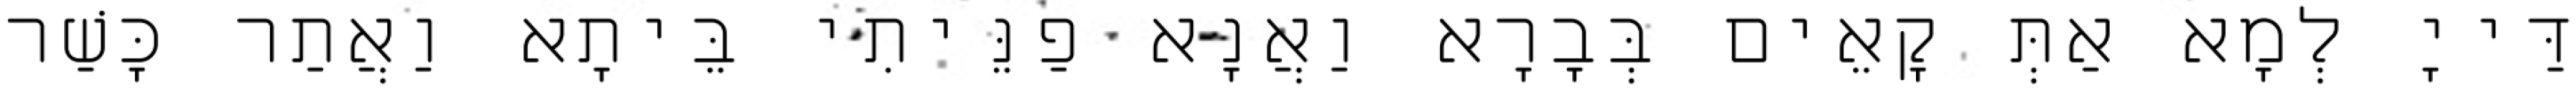
דַּייָ לְמָא אַתְּ קָאֵים בְּבָרָא וַאֲנָא פַנֵּיתִי בֵּיתָא וַאֲתַר כָּשַׁר